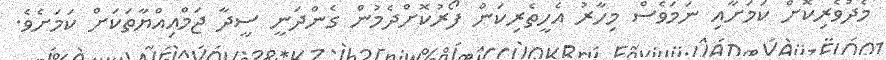
މެދުވެރިކޮށް ކަމަށާއި ނަމަވެސް މިހާރު އެހީތެރިކަން ފޯރުކޮށްދެމުން ގެންދަނީ ސީދާ ޖަމްއިއްޔާތަކަށް ކަމަށެވެ.